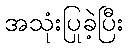
အသုံးပြုခဲ့ပြီး